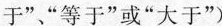
于”“等于”或“大于”)